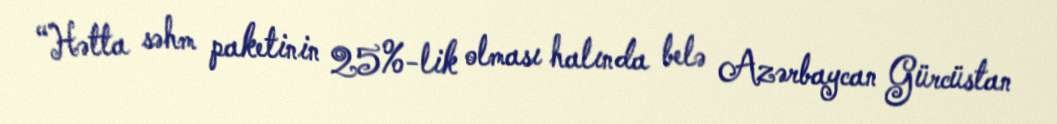
“Hətta səhm paketinin 25%-lik olması halında belə Azərbaycan Gürcüstan